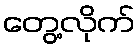
တွေ့လိုက်